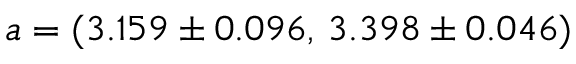
a = ( 3 . 1 5 9 \pm 0 . 0 9 6 , \, 3 . 3 9 8 \pm 0 . 0 4 6 )